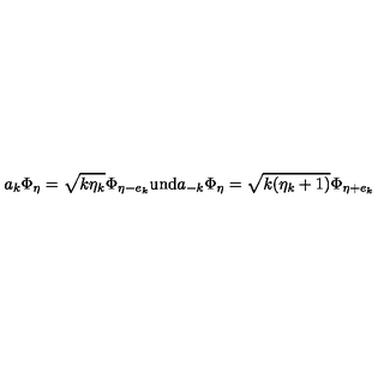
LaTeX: a _ { k } \Phi _ { \eta } = \sqrt { k \eta _ { k } } \Phi _ { \eta - e _ { k } } \mathrm { u n d } a _ { - k } \Phi _ { \eta } = \sqrt { k ( \eta _ { k } + 1 ) } \Phi _ { \eta + e _ { k } }